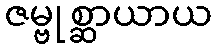
ဇမ္ဗုစ္ဆာယာယ